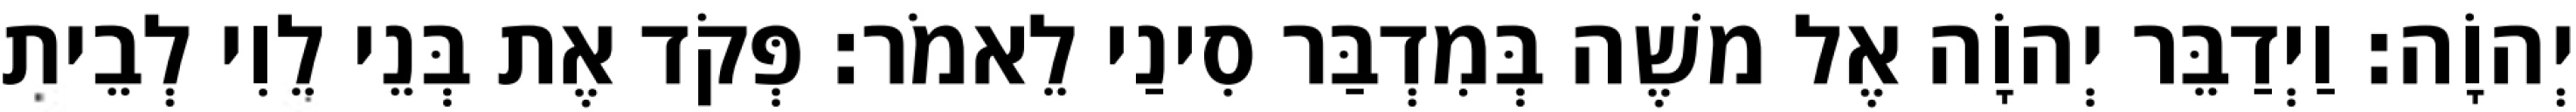
יְהוָֹה׃ וַיְדַבֵּר יְהוָֹה אֶל משֶׁה בְּמִדְבַּר סִינַי לֵאמֹר׃ פְּקֹד אֶת בְּנֵי לֵוִי לְבֵית